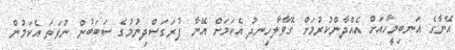
އޭނާގެ އަނބިމީހާއަށް އެއްދާންކުރުމަށް ގޮވާލާހިނދު އެކަމަށް އޭނާ ފުރަގަސްދިނުމުގެ ސަބަބުން ނުވަތަ އެކަމުން